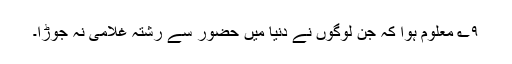
۹؎ معلوم ہوا کہ جن لوگوں نے دنیا میں حضور سے رشتہ غلامی نہ جوڑا۔